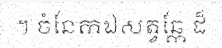
។ ចំនែកឯសត្វឆ្កែ ដ៏